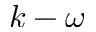
k - \omega